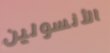
الأنسولين